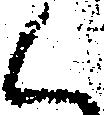
く